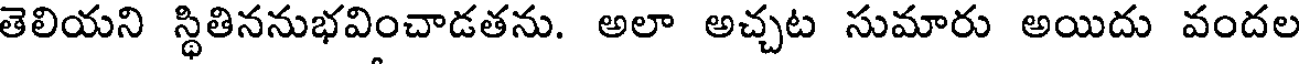
తెలియని స్థితిననుభవించాడతను. అలా అచ్చట సుమారు అయిదు వందల